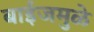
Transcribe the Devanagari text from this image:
बाईजमुळे